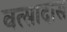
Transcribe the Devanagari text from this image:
वत्सादास